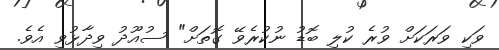
ވަކި ވަރަކަށް ވުރެ ކުލި ބޮޑު ނުކުރެވޭ ގޮތަށް" ސުއޫދު ވިދާޅުވި އެވެ.